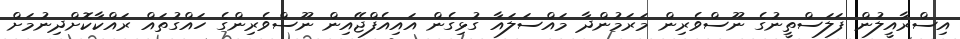
އިސްރާއީލުން ފަލަސްތީނުގެ ނޫސްވެރިން މަރަމުންދާ މައްސަލައާ ގުޅިގެން އައިއެފްޖޭއިން ނޫސްވެރިންގެ ހައްގުތައް ރައްކާކޮށްދިނުމަށް